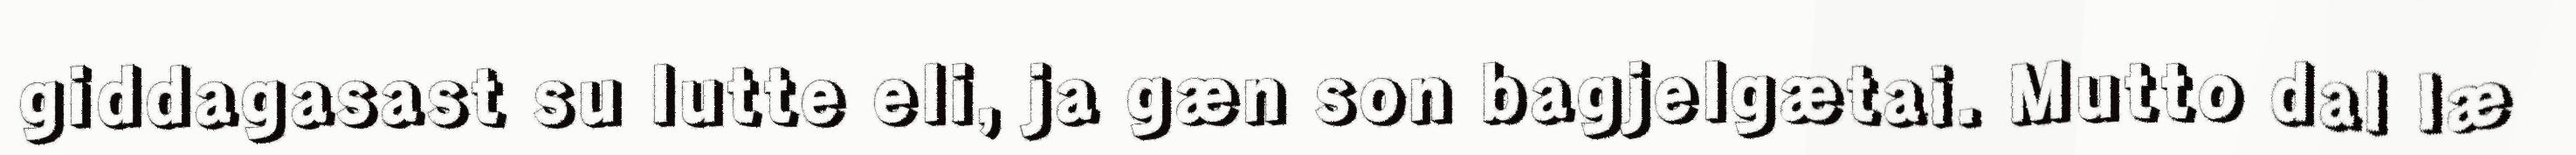
giddagasast su lutte eli, ja gæn son bagjelgætai. Mutto dal læ